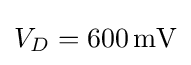
V_{D}=600\,{\text{mV}}